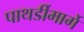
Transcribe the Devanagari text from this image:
पाथर्डीमार्गे